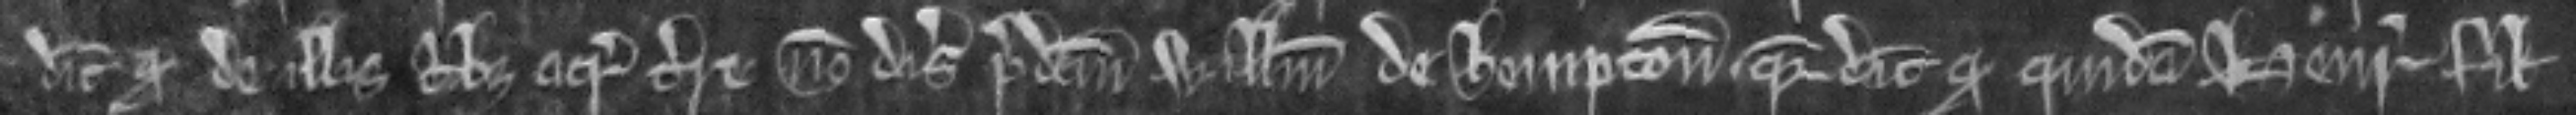
dicit quod de illis tribus acris terre non disseisivit predictum Willelmum de Hempton. quia dicit quod quidam Henricus filius